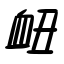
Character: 衄